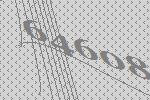
64608